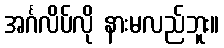
အင်္ဂလိပ်လို နားမလည်ဘူး။